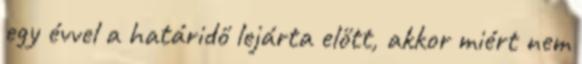
egy évvel a határidő lejárta előtt, akkor miért nem